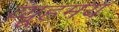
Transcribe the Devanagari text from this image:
व्यूहमय